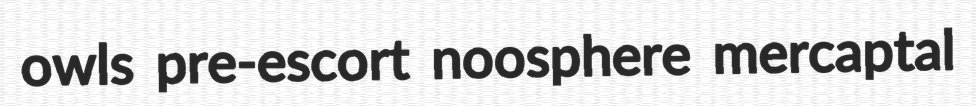
owls pre-escort noosphere mercaptal